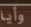
وأيا